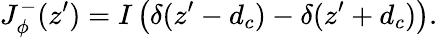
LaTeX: J_{\phi}^{-}(z^{\prime})=I\left(\delta(z^{\prime}-d_{c})-\delta(z^{\prime}+d_{c})\right).